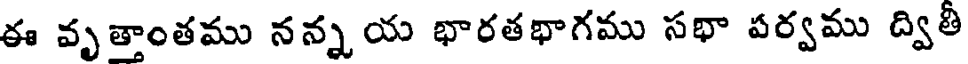
ఈ వృత్తాంతము నన్న య భారతభాగము సభా పర్వము ద్వితీ